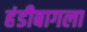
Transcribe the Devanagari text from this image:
हंडीबागला